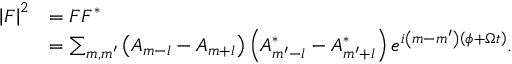
\begin{array} { r l } { \left\vert F \right\vert ^ { 2 } } & { = F F ^ { \ast } } \\ & { = \sum _ { m , m ^ { \prime } } \left( A _ { m - l } - A _ { m + l } \right) \left( A _ { m ^ { \prime } - l } ^ { \ast } - A _ { m ^ { \prime } + l } ^ { \ast } \right) e ^ { i \left( m - m ^ { \prime } \right) \left( \phi + \Omega t \right) } . } \end{array}